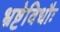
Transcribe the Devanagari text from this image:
भ्रष्टेविधौः